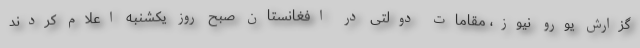
گزارش یورو نیوز، مقامات دولتی در افغانستان صبح روز یکشنبه اعلام کردند